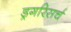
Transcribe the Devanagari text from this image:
ड्रगरिसर्च